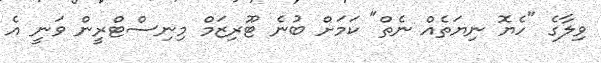
ވިލާގެ "ހެޔޮ ނިޔަތެއް ނެތް" ކަމަށް ބުނެ ޓޫރިޒަމް މިނިސްޓްރީން ވަނީ އެ